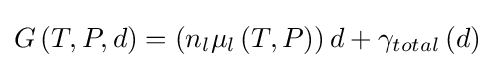
G\left(T,P,d\right)=\left(n_{l}\mu _{l}\left(T,P\right)\right)d+\gamma _{total}\left(d\right)